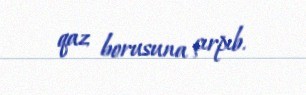
qaz borusuna çırpıb.